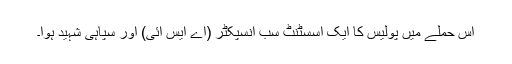
اس حملے میں پولیس کا ایک اسسٹنٹ سب انسپکٹر (اے ایس آئی) اور سپاہی شہید ہوا۔